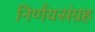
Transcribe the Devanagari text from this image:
निर्णयसंग्रह